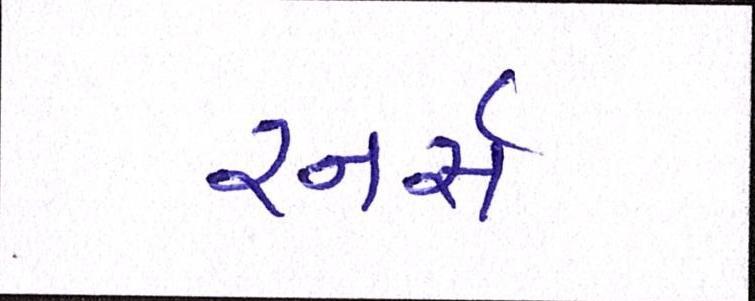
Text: રનર્સ